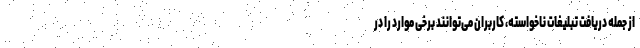
از جمله دریافت تبلیغات ناخواسته، کاربران می‌توانند برخی موارد را در